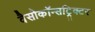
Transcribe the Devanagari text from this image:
वैसोकॉन्सट्रिक्टर